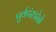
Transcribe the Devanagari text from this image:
पुर्वपंरपरेने